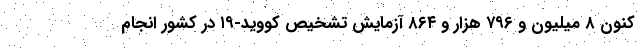
کنون ۸ میلیون و ۷۹۶ هزار و ۸۶۴ آزمایش تشخیص کووید-۱۹ در کشور انجام